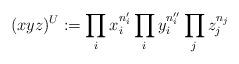
LaTeX: \begin{align*}(xyz)^U:= \prod_ix_i^{n'_i}\prod_i y_i^{n''_i}\prod_j z_j^{n_j} \end{align*}